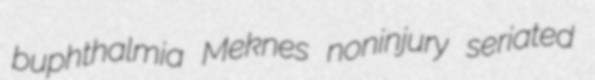
buphthalmia Meknes noninjury seriated